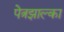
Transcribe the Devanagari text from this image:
पेत्रझाल्का